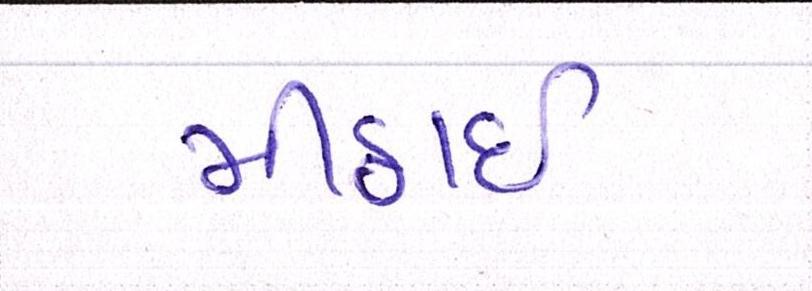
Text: મીઠાઈ